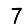
Digit: 7